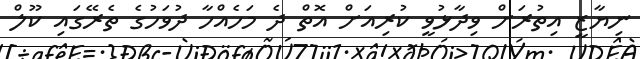
ނިޔާޒީ އިތުރަށް ވިދާޅުވީ ކުރިއަށް އޮތް ދެ މަހެއްހާ ދުވަހުގެ ތެރޭގައި ކޫލް